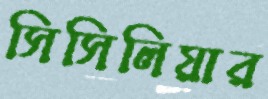
সিসিলিয়ার